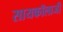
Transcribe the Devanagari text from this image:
सायकॉलाजी